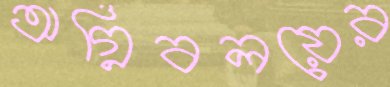
অগ্নিবলয়ের